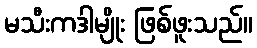
မသီးကဒါမျိုး ဖြစ်ဖူးသည်။